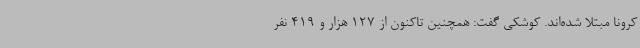
کرونا مبتلا شده‌اند. کوشکی گفت: همچنین تاکنون از 127 هزار و 419 نفر